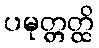
ပမုတ္တတ္ထိ